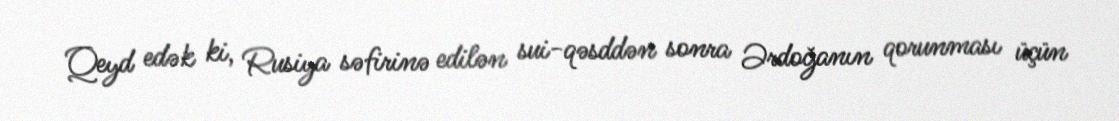
Qeyd edək ki, Rusiya səfirinə edilən sui-qəsddən sonra Ərdoğanın qorunması üçün